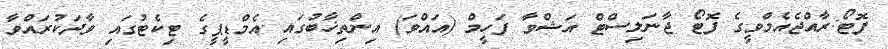
ފޮޓޯ:ރާއްޖެއެމްވީގެ ފޮޓޯ ޖާނަލިސްޓް އަޝްވާ ފަހީމް (އައްވަ) އިންތިޚާބުގައި އެމްޑީޕީގެ ޓިކެޓުގައި ވާދަކުރައްވާ